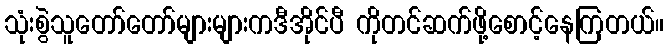
သုံးစွဲသူတော်တော်များများကဒီအိုင်ပီ ကိုတင်ဆက်ဖို့စောင့်နေကြတယ်။